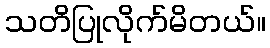
သတိပြုလိုက်မိတယ်။